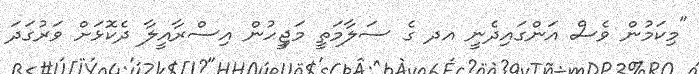
"މިކަމުން ވެސް އަންގައިދެނީ އދ ގެ ސަލާމަތީ މަޖިީހުން އިސްރާއީލާ ދެކޮޅަށް ވަރުގަދަ